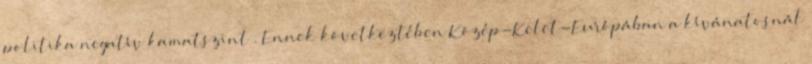
politika negatív kamatszint . Ennek következtében Közép-Kelet-Európában a kívánatosnál